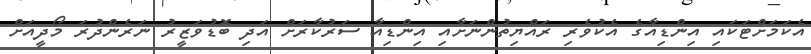
އެކަމަށްޓަކައި އިންޑިއާގެ އެކުވެރި ރައްޔިތުންނަށާއި އިންޑިއާ ސަރުކާރަށް އަދި ބޮޑުވަޒީރު ނަރެންދުރަ މޯދީއަށް